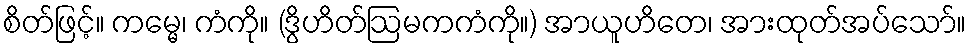
စိတ်ဖြင့်။ ကမ္မေ၊ ကံကို။ (ဒွိဟိတ်ဩမကကံကို။) အာယူဟိတေ၊ အားထုတ်အပ်သော်။